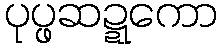
ပုပ္ဖဆဍ္ဍကော